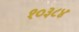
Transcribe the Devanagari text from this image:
१०३८४